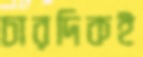
চারদিকই